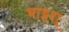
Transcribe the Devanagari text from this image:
भाट्टश्